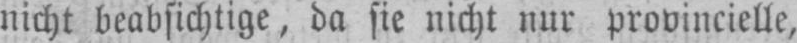
nicht beabsichtige, da sie nicht nur provincielle,